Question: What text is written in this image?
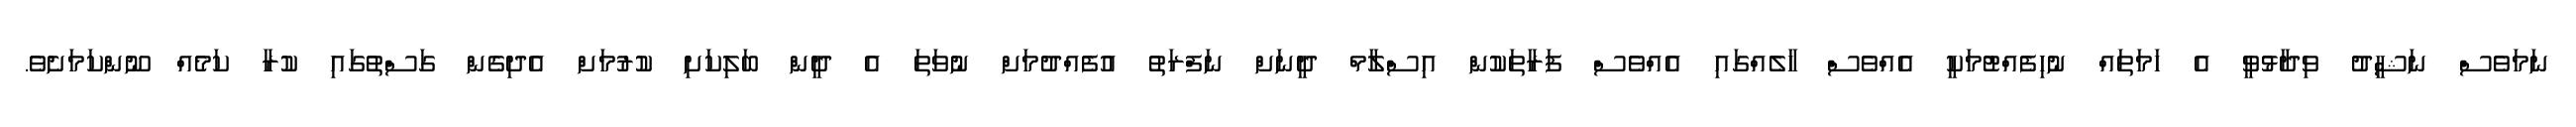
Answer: ނަމަވެސް ނަޝީދު ވިދާޅުވީ އެ ހަމަތައް ނުހިފެއްޓުމަކީ އެއްވެސް ހާލެއްގައި އެއްވެސް ފަރާތަކުން އިސްލާމް ދީނަށް ނަފްރަތު އުފެއްދުމަށް ނުވަތަ އެ ދީން ބަލިކަށި ކުރުމަށް އެދިގެން ގަސްތުގައި ކުރާ ކަމެއް ނޫންކަމަށެވެ.